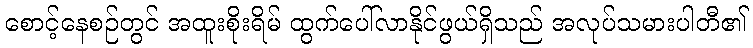
စောင့်နေစဉ်တွင် အထူးစိုးရိမ် ထွက်ပေါ်လာနိုင်ဖွယ်ရှိသည် အလုပ်သမားပါတီ၏